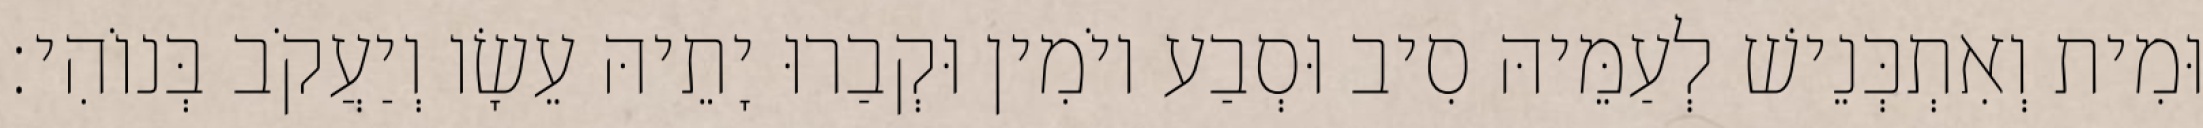
וּמִית וְאִתְכְּנֵישׁ לְעַמֵּיהּ סִיב וּסְבַע יוֹמִין וּקְבַרוּ יָתֵיהּ עֵשָׂו וְיַעֲקֹב בְּנוֹהִי׃